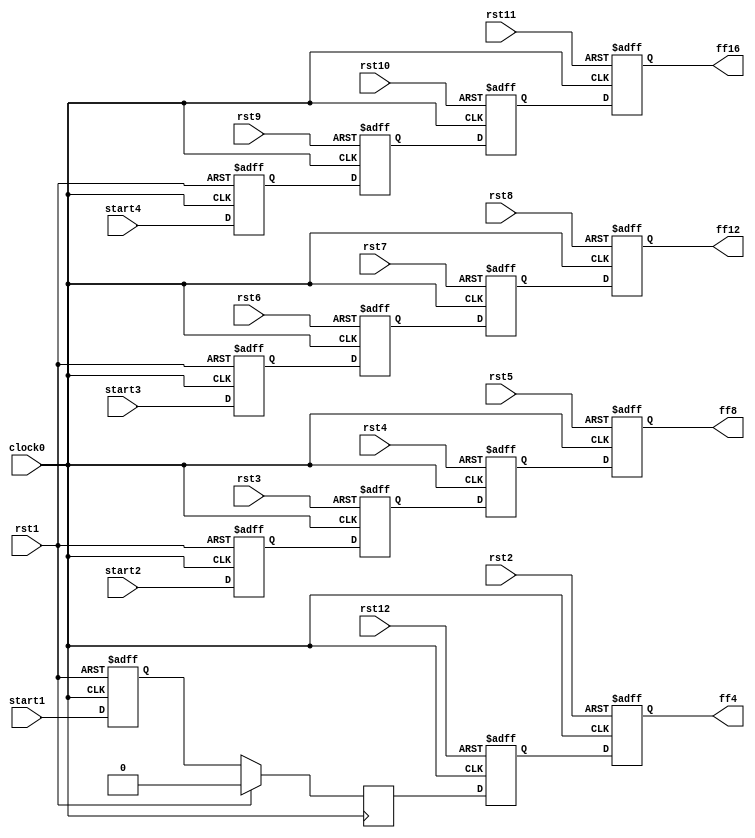
module hop3_L1(

   	input clock0, rst1,rst2,rst3,rst4,rst5,rst6,rst7,rst8,rst9,rst10,rst11,rst12,start1,start2,start3,start4,
   	output ff4,ff8,ff12,ff16

	);

   reg ff1,ff2,ff3,ff4,ff5,ff6,ff7,ff8,ff9,ff10,ff11,ff12,ff13,ff14,ff15,ff16;


  	always @( posedge clock0, posedge rst1 )
   	begin
   		if( rst1 )
       			ff1 <= 0;
		else
			ff1<= start1;
	end


	always @(posedge clock0)
	begin
    		if( rst1 )
       			ff2 <= 0;      
    		else 
			ff2<= ff1;

	end

	always @(posedge clock0, posedge rst12)
	begin
    		if( rst12)
       			ff3 <= 0;      
    		else 
			ff3<= ff2;

	end

	always @(posedge clock0, posedge rst2)
	begin
    		if( rst2)
       			ff4 <= 0;      
    		else 
			ff4<= ff3;

	end

	always @(posedge clock0, posedge rst1)
	begin
    		if( rst1)
       			ff5 <= 0;      
    		else 
			ff5<= start2;

	end

	always @(posedge clock0, posedge rst3)
	begin
    		if( rst3)
       			ff6 <= 0;      
    		else 
			ff6<= ff5;

	end

	always @(posedge clock0, posedge rst4)
	begin
    		if( rst4)
       			ff7 <= 0;      
    		else 
			ff7<= ff6;

	end

	always @(posedge clock0, posedge rst5)
	begin
    		if( rst5 )
       			ff8 <= 0;      
    		else 
			ff8<= ff7;

	end

	always @(posedge clock0, posedge rst1)
	begin
    		if( rst1)
       			ff9 <= 0;      
    		else 
			ff9<= start3;

	end

	always @(posedge clock0, posedge rst6)
	begin
    		if( rst6)
       			ff10 <= 0;      
    		else 
			ff10<= ff9;

	end

	always @(posedge clock0, posedge rst7)
	begin
    		if( rst7 )
       			ff11 <= 0;      
    		else 
			ff11<= ff10;

	end

	always @(posedge clock0, posedge rst8)
	begin
    		if( rst8 )
       			ff12 <= 0;      
    		else 
			ff12<= ff11;

	end


	always @(posedge clock0, posedge rst1)
	begin
    		if( rst1 )
       			ff13 <= 0;      
    		else 
			ff13<= start4;

	end	always @(posedge clock0, posedge rst9)
	begin
    		if( rst9)
       			ff14 <= 0;      
    		else 
			ff14<= ff13;

	end	always @(posedge clock0, posedge rst10)
	begin
    		if( rst10)
       			ff15 <= 0;      
    		else 
			ff15<= ff14;

	end	always @(posedge clock0, posedge rst11)
	begin
    		if( rst11)
       			ff16 <= 0;      
    		else 
			ff16<= ff15;

	end

endmodule